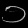
Digit: ၁